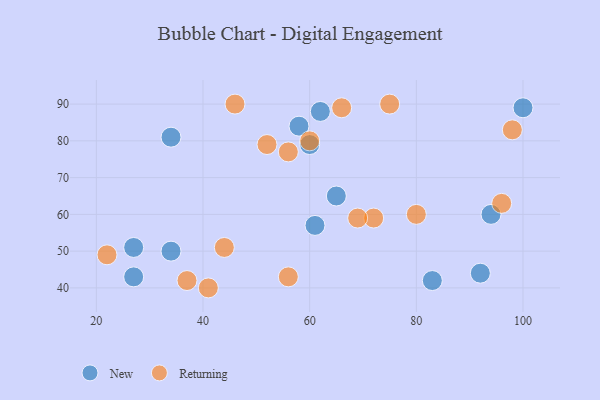
{"axis": {"x": "GDP", "y": "Life Expectancy"}, "legend": ["New", "Returning"], "data": [{"x": "27", "y": 43, "type": "New"}, {"x": "34", "y": 50, "type": "New"}, {"x": "94", "y": 60, "type": "New"}, {"x": "65", "y": 65, "type": "New"}, {"x": "27", "y": 51, "type": "New"}, {"x": "92", "y": 44, "type": "New"}, {"x": "58", "y": 84, "type": "New"}, {"x": "100", "y": 89, "type": "New"}, {"x": "62", "y": 88, "type": "New"}, {"x": "60", "y": 79, "type": "New"}, {"x": "34", "y": 81, "type": "New"}, {"x": "83", "y": 42, "type": "New"}, {"x": "61", "y": 57, "type": "New"}, {"x": "41", "y": 40, "type": "Returning"}, {"x": "56", "y": 77, "type": "Returning"}, {"x": "46", "y": 90, "type": "Returning"}, {"x": "98", "y": 83, "type": "Returning"}, {"x": "22", "y": 49, "type": "Returning"}, {"x": "72", "y": 59, "type": "Returning"}, {"x": "80", "y": 60, "type": "Returning"}, {"x": "96", "y": 63, "type": "Returning"}, {"x": "75", "y": 90, "type": "Returning"}, {"x": "44", "y": 51, "type": "Returning"}, {"x": "66", "y": 89, "type": "Returning"}, {"x": "37", "y": 42, "type": "Returning"}, {"x": "52", "y": 79, "type": "Returning"}, {"x": "56", "y": 43, "type": "Returning"}, {"x": "69", "y": 59, "type": "Returning"}, {"x": "60", "y": 80, "type": "Returning"}]}